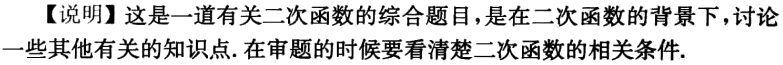
【说明】这是一道有关二次函数的综合题目，是在二次函数的背景下，讨论一些其他有关的知识点.在审题的时候要看清楚二次函数的相关条件.